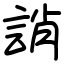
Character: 誚